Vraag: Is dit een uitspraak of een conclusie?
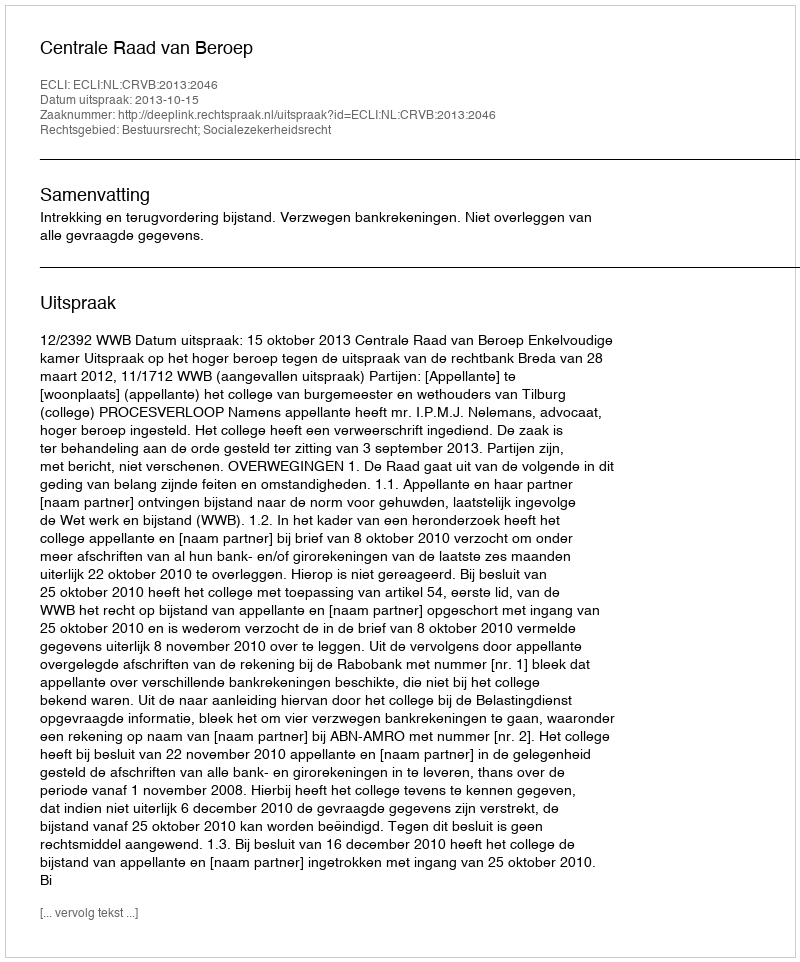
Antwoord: Uitspraak